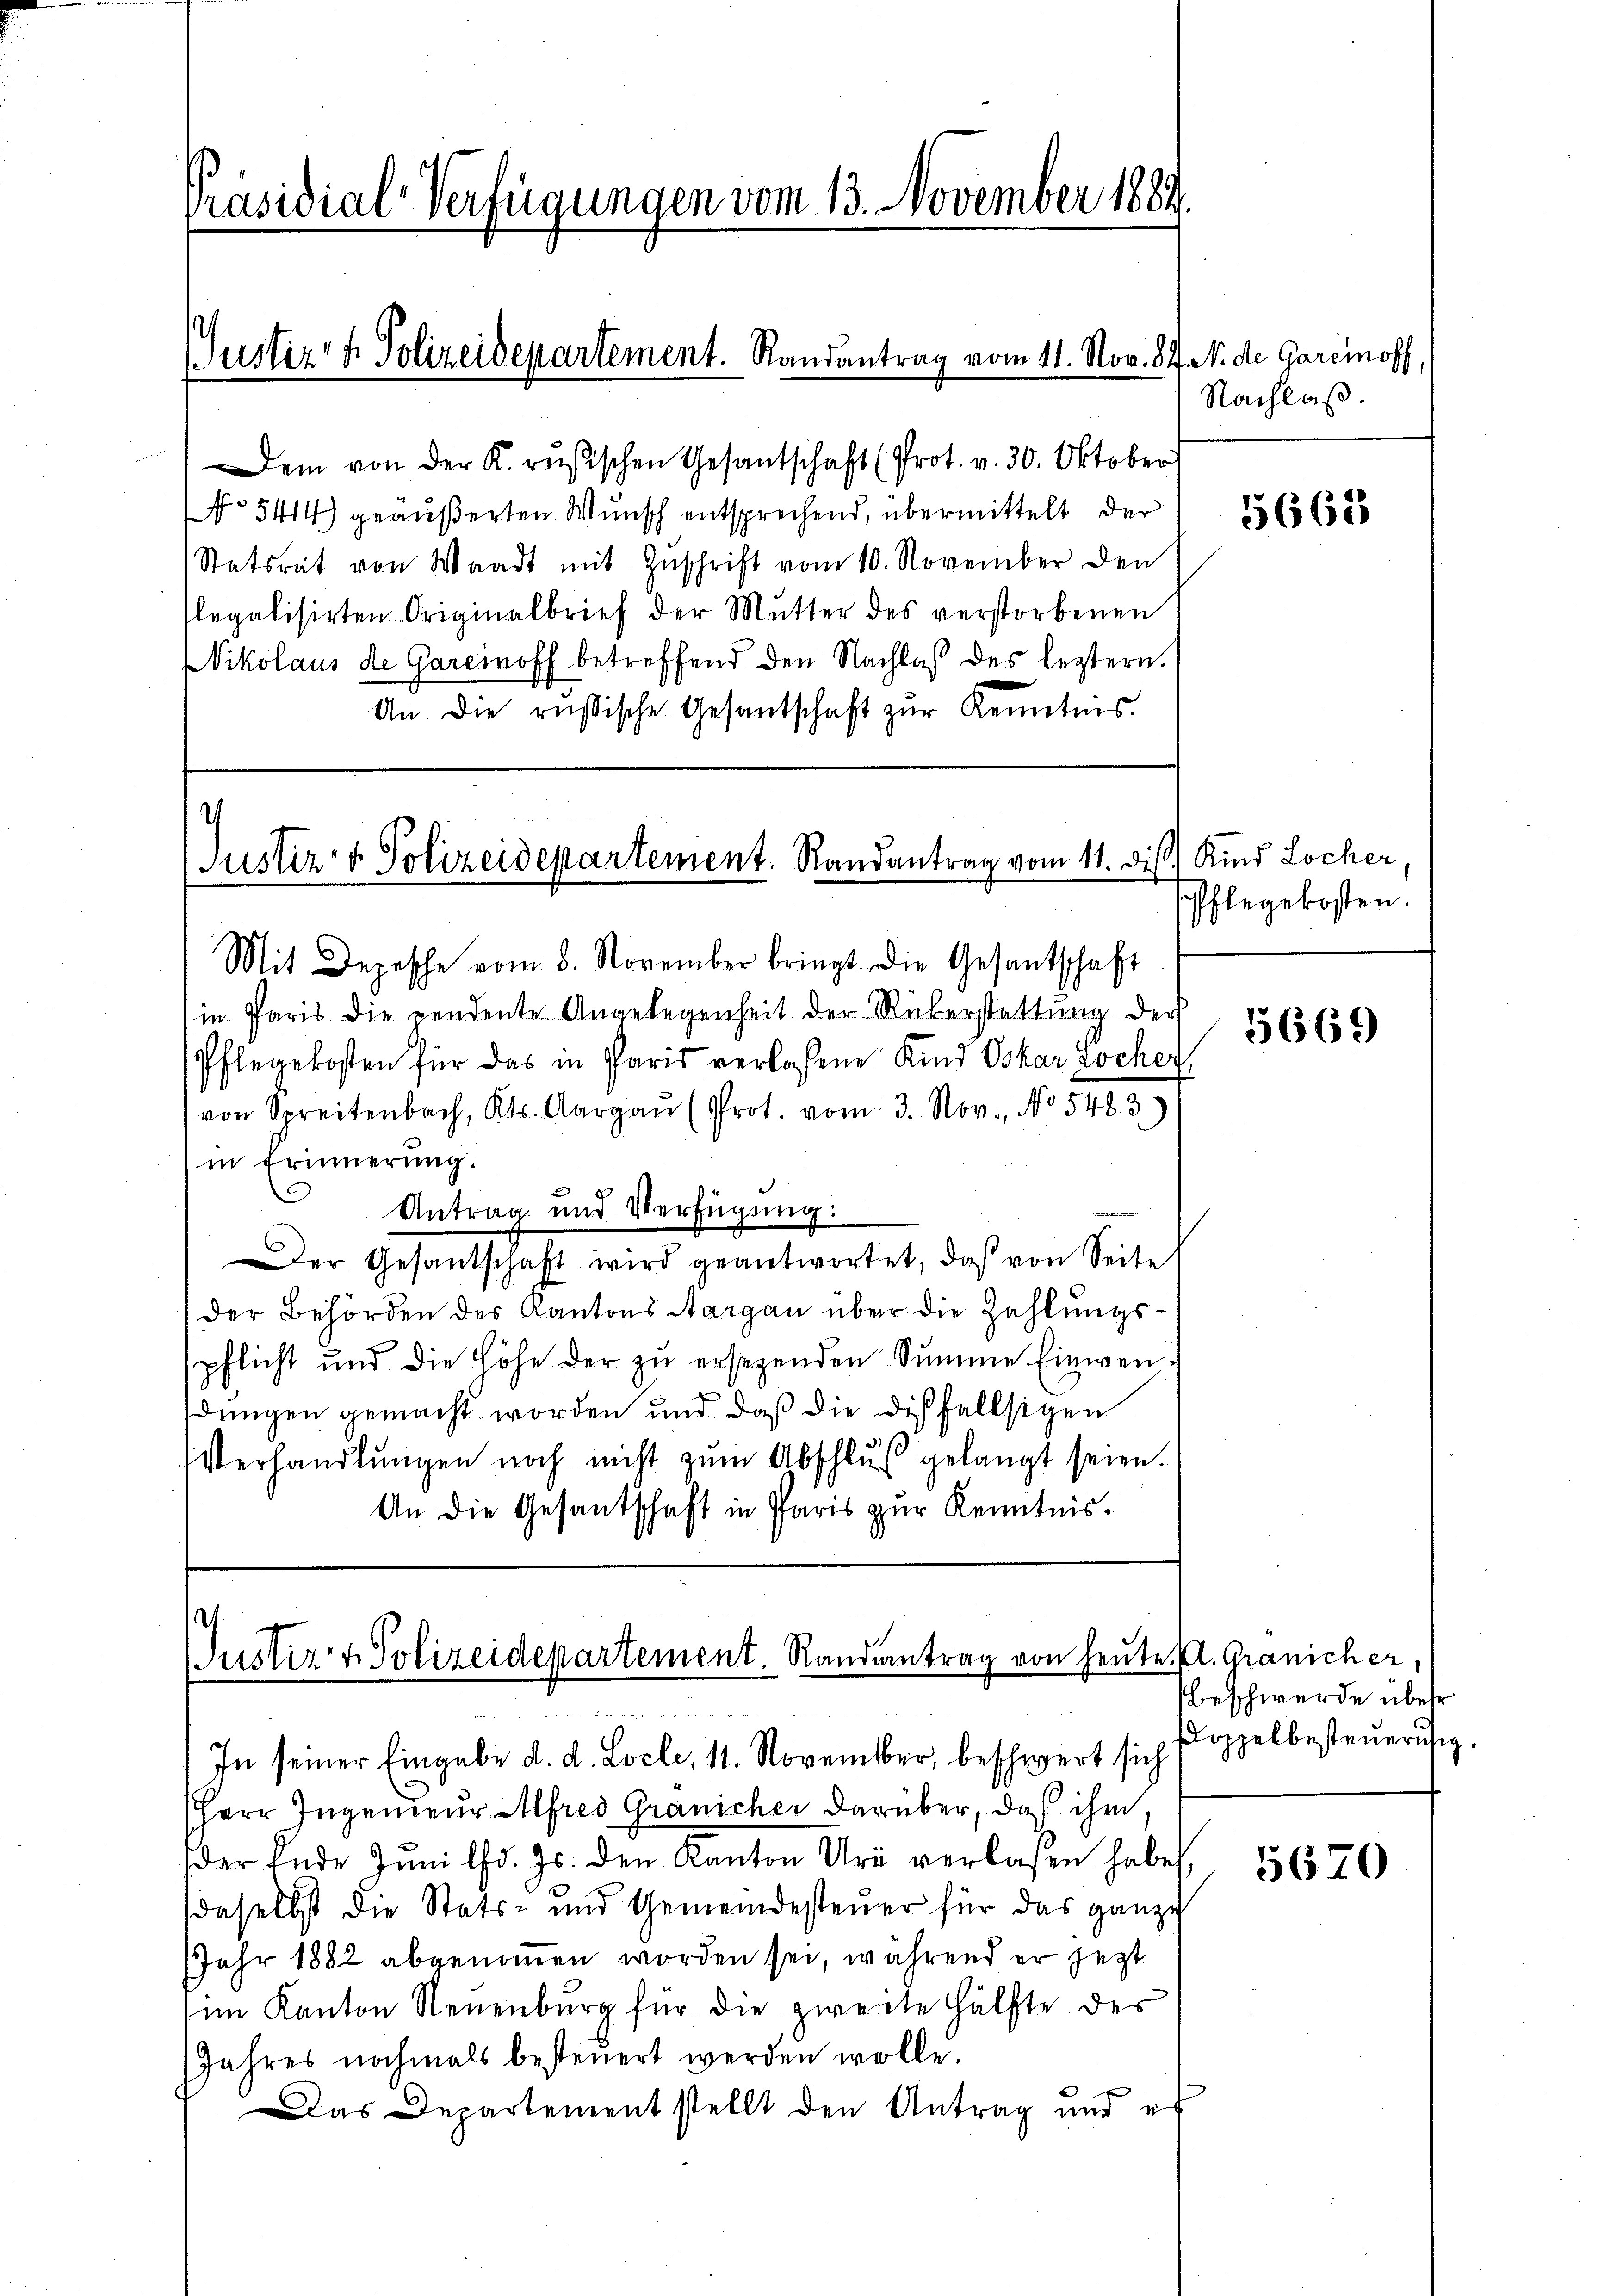
Präsidial-Verfügungen vom 13. November 1889.

(Justiz- & Polizeidepartement. Randantrag vom 11. Nov. 87. N. de Garemoff,

Justiz- & Polizeidepartement. Randantrag vom 11. dis.) Kind Locher,

Dem von der K. rŭsischen Gesantschaft (Prot. v. 30. Oktober
No 5414) geäußerten Wunsch entsprechend, übermittelt der
Statsrat von Waadt mit Zuschrift vom 10. November den
flegalisirten Originalbrief der Mutter des verstorbenen
Nikolaus de Garcinoff betreffend den Nachlaß des leztern.
An die russische Gesantschaft zŭr Kenntnis.

Mit Depesche vom 8. November bringt die Gesantschaft
in Paris die pendente Angelegenheit der Rükerstattŭng der
Pflegekosten für das in Paris verlassene Kind Oskar Locher
von Spreitenbach, Kts. Aargau (Prot. vom 3. Nov., No 5483)
in Erinnerung.
Antrag und Verfügung:
Der Gesandschaft wird geantwortet, daß von Seite
der Behörden des Kantons Aargau über die Zahlungspflicht und die Höhe der zu ersezenden Summe Einwendungen gemacht worden und daß die dißfallsigen
Verhandlŭngen noch nicht zŭm Abschlŭβ gelangt seien.
An die Gesantschaft in Paris zur Kenntnis.

Justiz & Polizeidepartement. Randantrag von heute kl. Gränicher,
d

Nachlaß.

In seiner Eingabe d. d. Locle, 11. November, beschwert sich
Herr Ingenieur Alfred Gränicher darüber, daß ihm,
der Ende Juni l. Js. den Kanton Uri verlassen habe
daselbst die Stats- und Gemeindesteuer für das ganze
Jahr 1882 abgenommen worden sei, während er jetzt
(im Kanton Neuenburg für die zweite Hälfte des
Jahres nochmals besteuert werden wolle.
Das Departementstellt den Antrag und e

5668

Pflegekosten.

5669

Beschwerde über
Doppelbesteueruhig.

5670